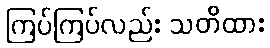
ကြပ်ကြပ်လည်း သတိထား